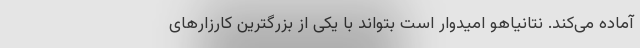
آماده می‌کند. نتانیاهو امیدوار است بتواند با یکی از بزرگترین کارزارهای